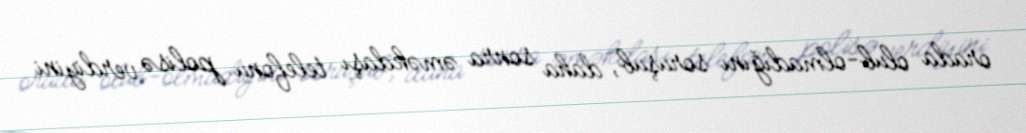
orada olub-olmadığını soruşub, daha sonra əməkdaşı telefonu polisə verdiyini